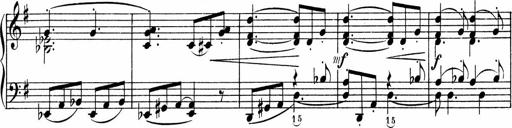
Title: 3 Sonatinen fÃ¼r Pianoforte
Composer: Fritz von Bose